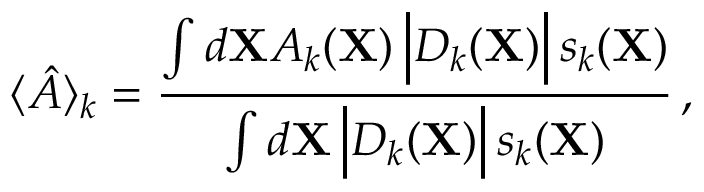
\langle \hat { A } \rangle _ { k } = \frac { \int d { \mathbf X } A _ { k } ( { \mathbf X } ) \, \Big | D _ { k } ( { \mathbf X } ) \Big | \, s _ { k } ( { \mathbf X } ) } { \int d { \mathbf X } \, \Big | D _ { k } ( { \mathbf X } ) \Big | \, s _ { k } ( { \mathbf X } ) } \, ,